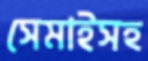
সেমাইসহ